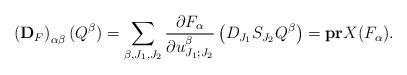
LaTeX: \begin{align*}\left(\bold{D}_F\right)_{\alpha\beta}(Q^{\beta})=\sum_{\beta,J_1,J_2}\frac{\partial F_{\alpha}}{\partial u_{J_1;J_2}^{\beta}}\left(D_{J_1}S_{J_2}Q^{\beta}\right)=\bold{pr}X(F_{\alpha}).\end{align*}